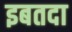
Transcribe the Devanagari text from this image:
इबतदा